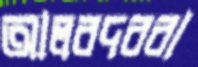
আলবদররা